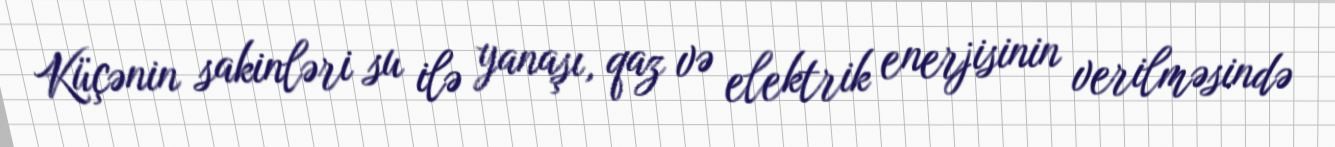
Küçənin sakinləri su ilə yanaşı, qaz və elektrik enerjisinin verilməsində